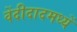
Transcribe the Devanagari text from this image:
वेंदीदादमध्यें